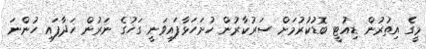
މީގެ އިތުރުން ޑިއުޓީ ބޮޑުކުރުމަށް ސަރުކާރުން ހުށަހަޅާފައިވަނީ ގަހުގެ ނަރުން ހަދާފައި ހުންނަ